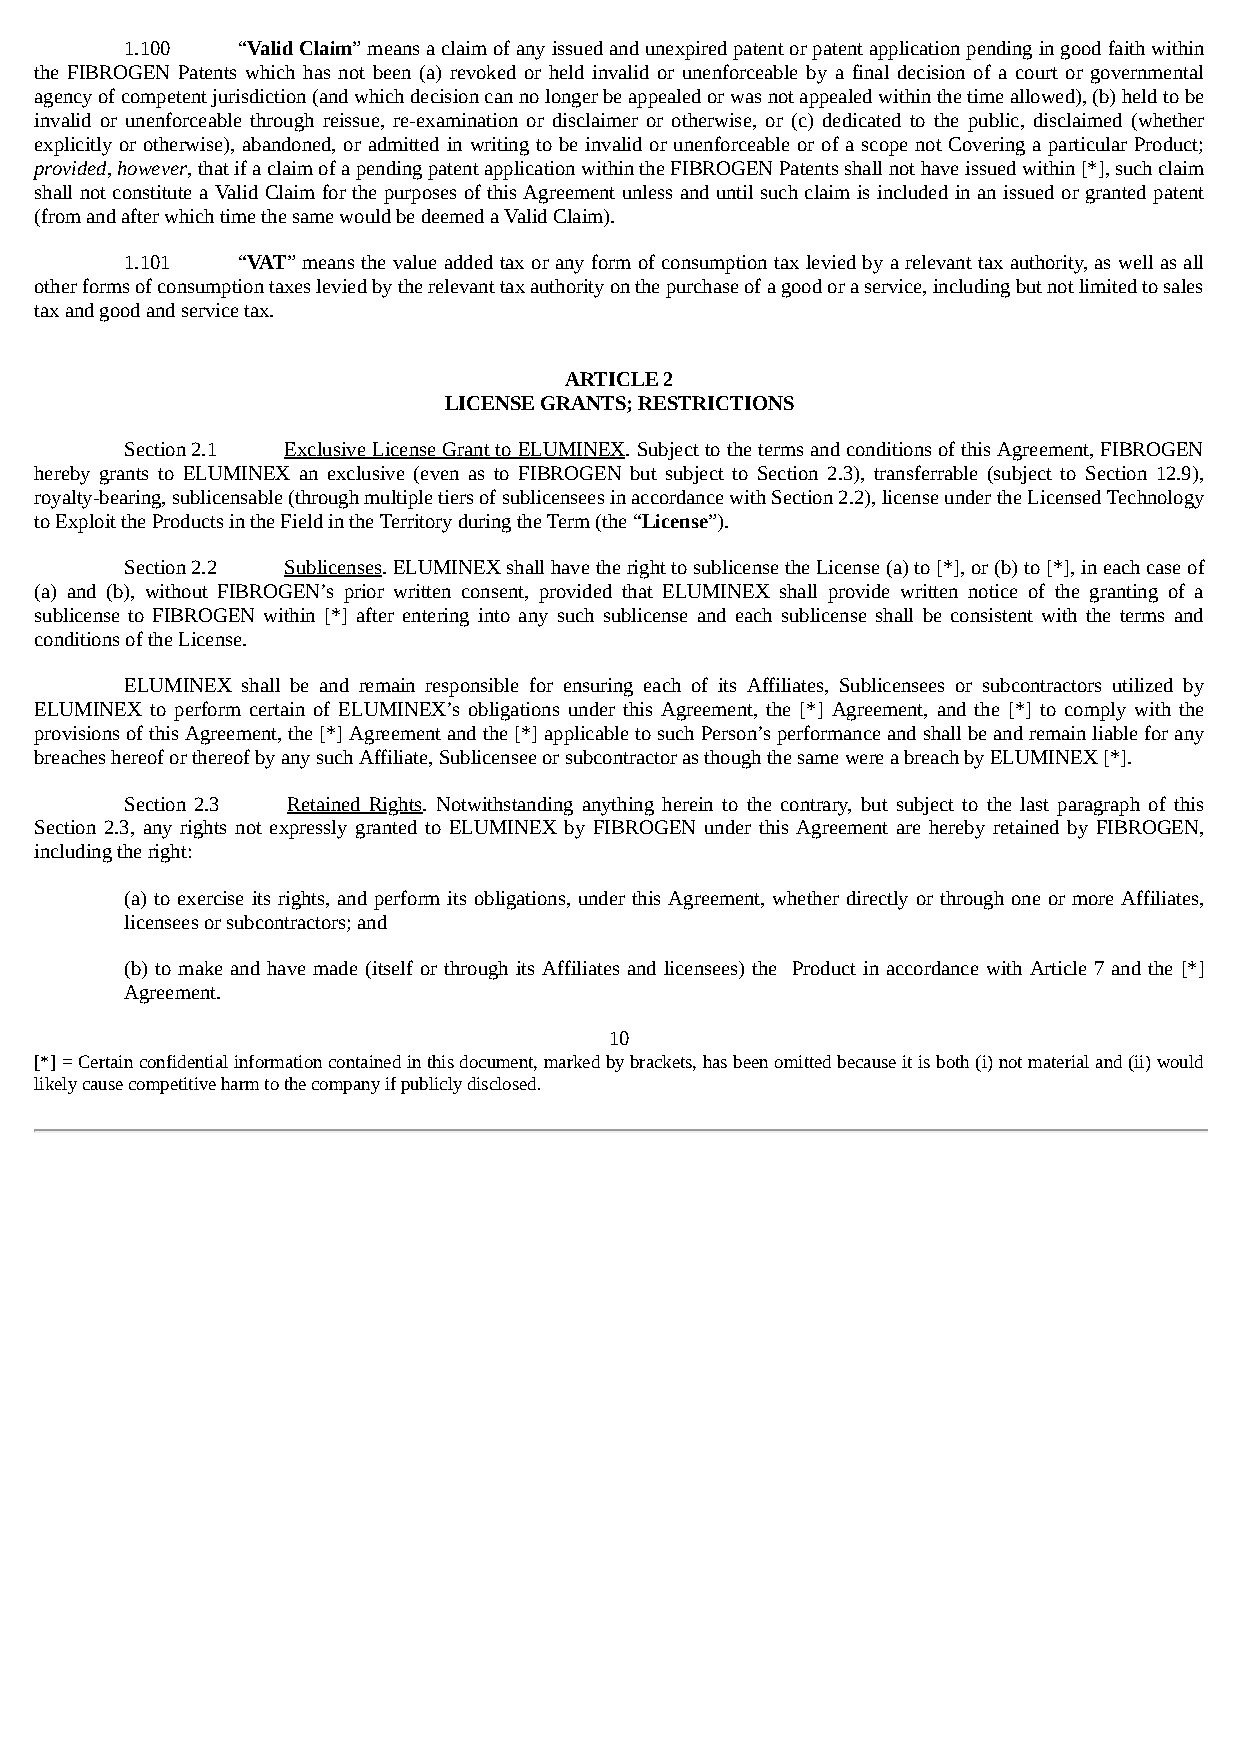
1.100   “Valid Claim” means a claim of any issued and unexpired patent or patent application pending in good faith within
 the FIBROGEN Patents which has not been (a) revoked or held invalid or unenforceable by a final decision of a court or governmental
 agency of competent jurisdiction (and which decision can no longer be appealed or was not appealed within the time allowed), (b) held to be
 invalid or unenforceable through reissue, re-examination or disclaimer or otherwise, or (c) dedicated to the public, disclaimed (whether
 explicitly or otherwise), abandoned, or admitted in writing to be invalid or unenforceable or of a scope not Covering a particular Product;
 provided, however, that if a claim of a pending patent application within the FIBROGEN Patents shall not have issued within [*], such claim
 shall not constitute a Valid Claim for the purposes of this Agreement unless and until such claim is included in an issued or granted patent
 (from and after which time the same would be deemed a Valid Claim).
 1.101   “VAT” means the value added tax or any form of consumption tax levied by a relevant tax authority, as well as all
 other forms of consumption taxes levied by the relevant tax authority on the purchase of a good or a service, including but not limited to sales
 tax and good and service tax.
 ARTICLE 2
 LICENSE GRANTS; RESTRICTIONS
 Section 2.1 Exclusive License Grant to ELUMINEX. Subject to the terms and conditions of this Agreement, FIBROGEN
 hereby grants to ELUMINEX an exclusive (even as to FIBROGEN but subject to Section 2.3), transferrable (subject to Section 12.9),
 royalty-bearing, sublicensable (through multiple tiers of sublicensees in accordance with Section 2.2), license under the Licensed Technology
 to Exploit the Products in the Field in the Territory during the Term (the “License”).
 Section 2.2 Sublicenses. ELUMINEX shall have the right to sublicense the License (a) to [*], or (b) to [*], in each case of
 (a) and (b), without FIBROGEN’s prior written consent, provided that ELUMINEX shall provide written notice of the granting of a
 sublicense to FIBROGEN within [*] after entering into any such sublicense and each sublicense shall be consistent with the terms and
 conditions of the License.
 ELUMINEX shall be and remain responsible for ensuring each of its Affiliates, Sublicensees or subcontractors utilized by
 ELUMINEX to perform certain of ELUMINEX’s obligations under this Agreement, the [*] Agreement, and the [*] to comply with the
 provisions of this Agreement, the [*] Agreement and the [*] applicable to such Person’s performance and shall be and remain liable for any
 breaches hereof or thereof by any such Affiliate, Sublicensee or subcontractor as though the same were a breach by ELUMINEX [*].
 Section 2.3 Retained Rights. Notwithstanding anything herein to the contrary, but subject to the last paragraph of this
 Section 2.3, any rights not expressly granted to ELUMINEX by FIBROGEN under this Agreement are hereby retained by FIBROGEN,
 including the right:
 (a) to exercise its rights, and perform its obligations, under this Agreement, whether directly or through one or more Affiliates,
 licensees or subcontractors; and
 (b) to make and have made (itself or through its Affiliates and licensees) the Product in accordance with Article 7 and the [*]
 Agreement.
 10
 [*] = Certain confidential information contained in this document, marked by brackets, has been omitted because it is both (i) not material and (ii) would
 likely cause competitive harm to the company if publicly disclosed.